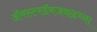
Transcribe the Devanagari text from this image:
ॲमस्टरडॅमजवळच्या